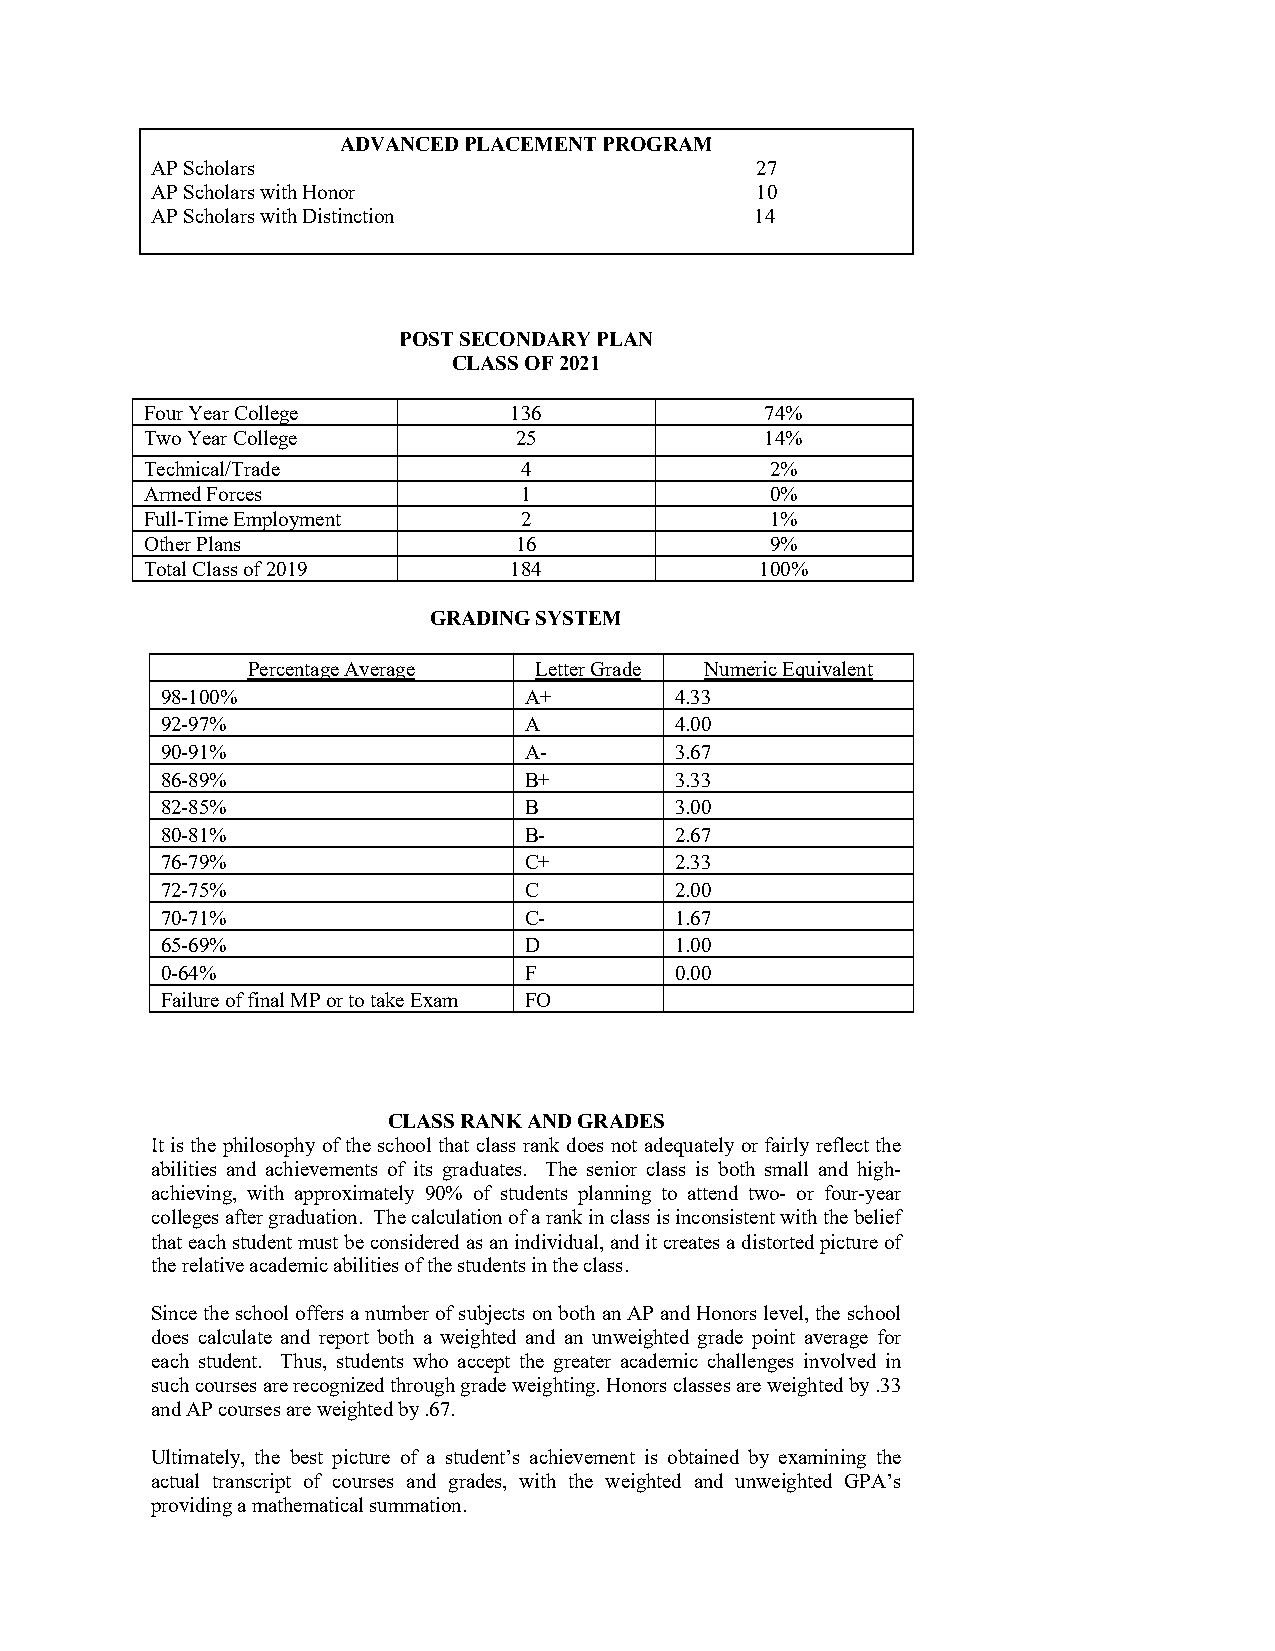
ADVANCED PLACEMENT PROGRAM
 AP Scholars                             27
 AP Scholars with Honor                  10
 AP Scholars with Distinction            14
 POST SECONDARY PLAN
 CLASS OF 2021
 Four Year College       136              74%
 Two Year College        25               14%
 Technical/Trade         4                2%
 Armed Forces            1                0%
 Full-Time Employment    2                1%
 Other Plans             16               9%
 Total Class of 2019     184             100%
 GRADING SYSTEM
 Percentage Average Letter Grade Numeric Equivalent
 98-100%                 A+        4.33
 92-97%                  A         4.00
 90-91%                  A-        3.67
 86-89%                  B+        3.33
 82-85%                  B         3.00
 80-81%                  B-        2.67
 76-79%                  C+        2.33
 72-75%                  C         2.00
 70-71%                  C-        1.67
 65-69%                  D         1.00
 0-64%                   F         0.00
 Failure of final MP or to take Exam FO
 CLASS RANK AND GRADES
 It is the philosophy of the school that class rank does not adequately or fairly reflect the
 abilities and achievements of its graduates. The senior class is both small and high-
 achieving, with approximately 90% of students planning to attend two- or four-year
 colleges after graduation. The calculation of a rank in class is inconsistent with the belief
 that each student must be considered as an individual, and it creates a distorted picture of
 the relative academic abilities of the students in the class.
 Since the school offers a number of subjects on both an AP and Honors level, the school
 does calculate and report both a weighted and an unweighted grade point average for
 each student. Thus, students who accept the greater academic challenges involved in
 such courses are recognized through grade weighting. Honors classes are weighted by .33
 and AP courses are weighted by .67.
 Ultimately, the best picture of a student’s achievement is obtained by examining the
 actual transcript of courses and grades, with the weighted and unweighted GPA’s
 providing a mathematical summation.